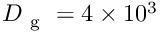
D _ { \mathrm { ~ g ~ } } = 4 \times 1 0 ^ { 3 }